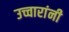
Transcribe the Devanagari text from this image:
उच्चारांनी